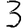
Digit: 3